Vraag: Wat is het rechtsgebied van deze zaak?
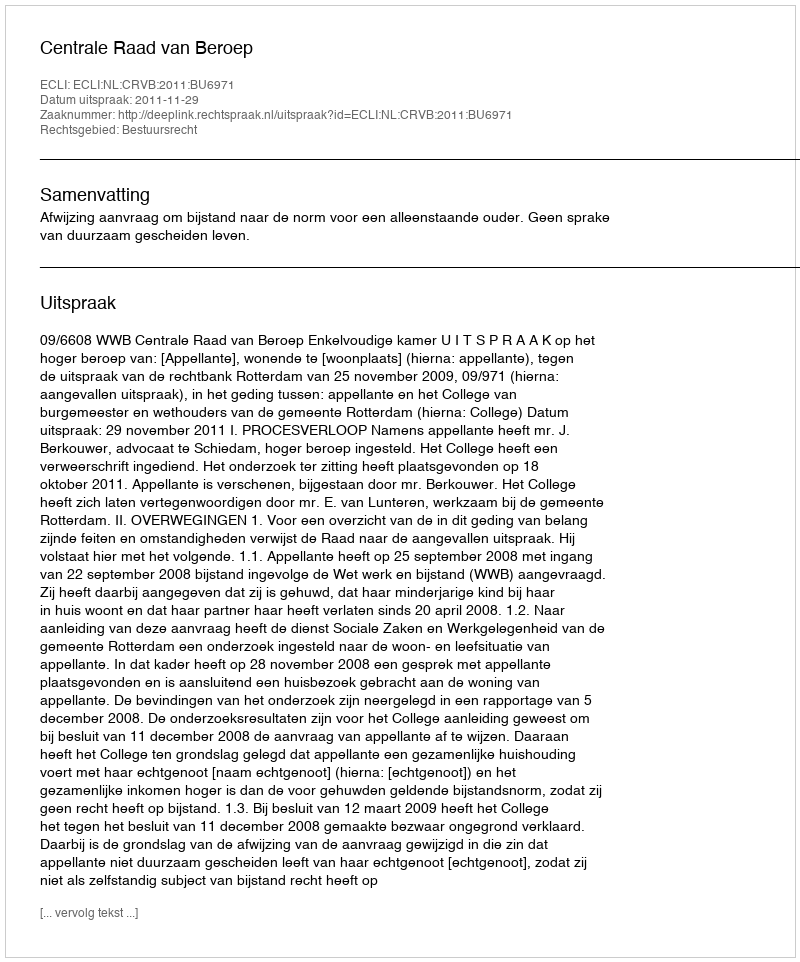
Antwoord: Bestuursrecht